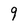
Character: 9